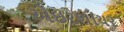
એઇરશાયર